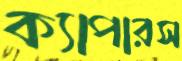
ক্যাপারস